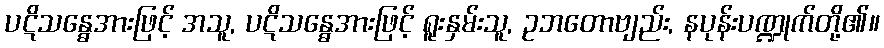
ပဋိသန္ဓေအားဖြင့် အသူ, ပဋိသန္ဓေအားဖြင့် ရူးနှမ်းသူ, ဥဘတောဗျည်း, နပုန်းပဏ္ဍုက်တို့၏။